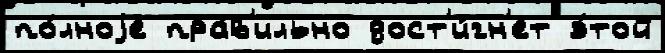
по́лноjе пра́в'ильно дост'и́гн'ет э́той